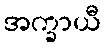
အက္ခာယီ